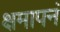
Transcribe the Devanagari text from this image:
क्षमापनं